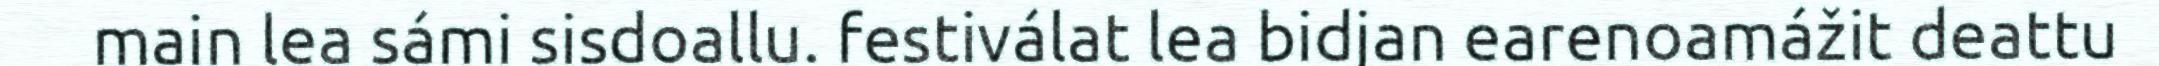
main lea sámi sisdoallu. festiválat lea bidjan earenoamážit deattu